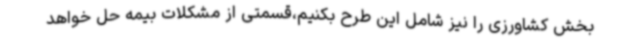
بخش کشاورزی را نیز شامل این طرح بکنیم،قسمتی از مشکلات بیمه حل خواهد